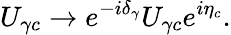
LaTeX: U_{\gamma c}\to e^{-i\delta_{\gamma}}U_{\gamma c}e^{i\eta_{c}}.